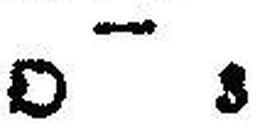
O 3